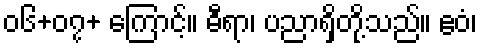
၀၆+၀၇+ ကြောင့်။ ဓီရာ၊ ပညာရှိတို့သည်။ ဧဝံ၊